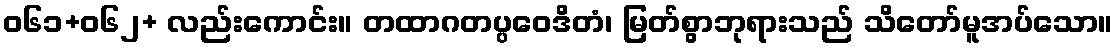
ဝ၆၁+၀၆၂+ လည်းကောင်း။ တထာဂတပ္ပဝေဒိတံ၊ မြတ်စွာဘုရားသည် သိတော်မူအပ်သော။